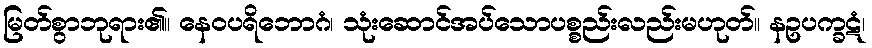
မြတ်စွာဘုရား၏။ နေဝပရိဘောဂံ၊ သုံးဆောင်အပ်သောပစ္စည်းလည်းမဟုတ်။ နဥပက္ခဋံ၊